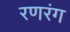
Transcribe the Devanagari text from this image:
रणरंग